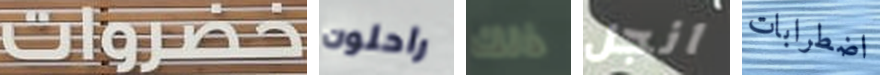
خضراوات راحلون ذلك انجل اضطرابات